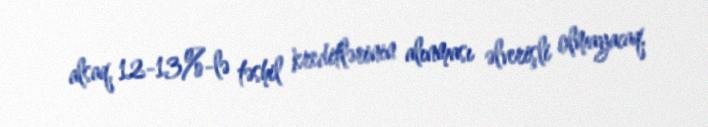
alsaq, 12-13%-lə təshil kreditlərinin alınması əlverişli olmayacaq.